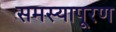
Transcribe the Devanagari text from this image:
समस्यापूरण